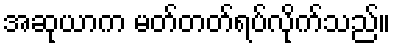
အဆုယာက မတ်တတ်ရပ်လိုက်သည်။